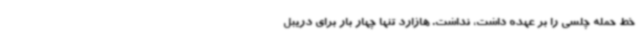
خط حمله چلسی را بر عهده داشت، نداشت. هازارد تنها چهار بار برای دریبل